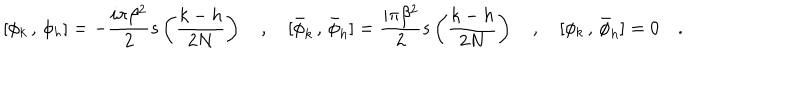
LaTeX: [ \phi _ { k } \, , \, \phi _ { h } ] = - { \frac { i \pi \beta ^ { 2 } } { 2 } } s \left( \frac { k - h } { 2 N } \right) \quad , \quad [ \bar { \phi } _ { k } \, , \, \bar { \phi } _ { h } ] = { \frac { i \pi \beta ^ { 2 } } { 2 } } s \left( \frac { k - h } { 2 N } \right) \quad , \quad [ \phi _ { k } \, , \, \bar { \phi } _ { h } ] = 0 \quad .